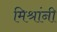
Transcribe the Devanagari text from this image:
मिश्रांनी